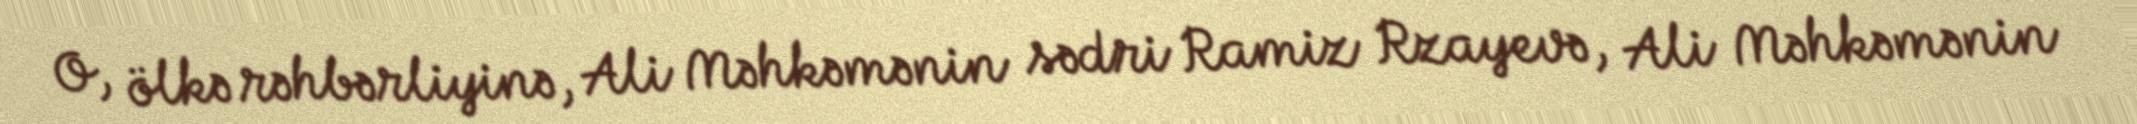
O, ölkə rəhbərliyinə, Ali Məhkəmənin sədri Ramiz Rzayevə, Ali Məhkəmənin